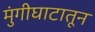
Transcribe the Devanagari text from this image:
मुंगीघाटातून